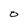
Character: O